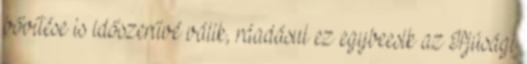
bővítése is időszerűvé válik, ráadásul ez egybeesik az Ifjúsági